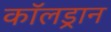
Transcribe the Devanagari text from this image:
कॉलड्रान